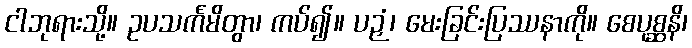
ငါဘုရားသို့။ ဥပသင်္ကမိတွာ၊ ကပ်၍။ ပဉှံ၊ မေးခြင်းပြဿနာကို။ စေပုစ္ဆနိ၊